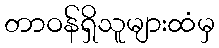
တာဝန်ရှိသူများထံမှ